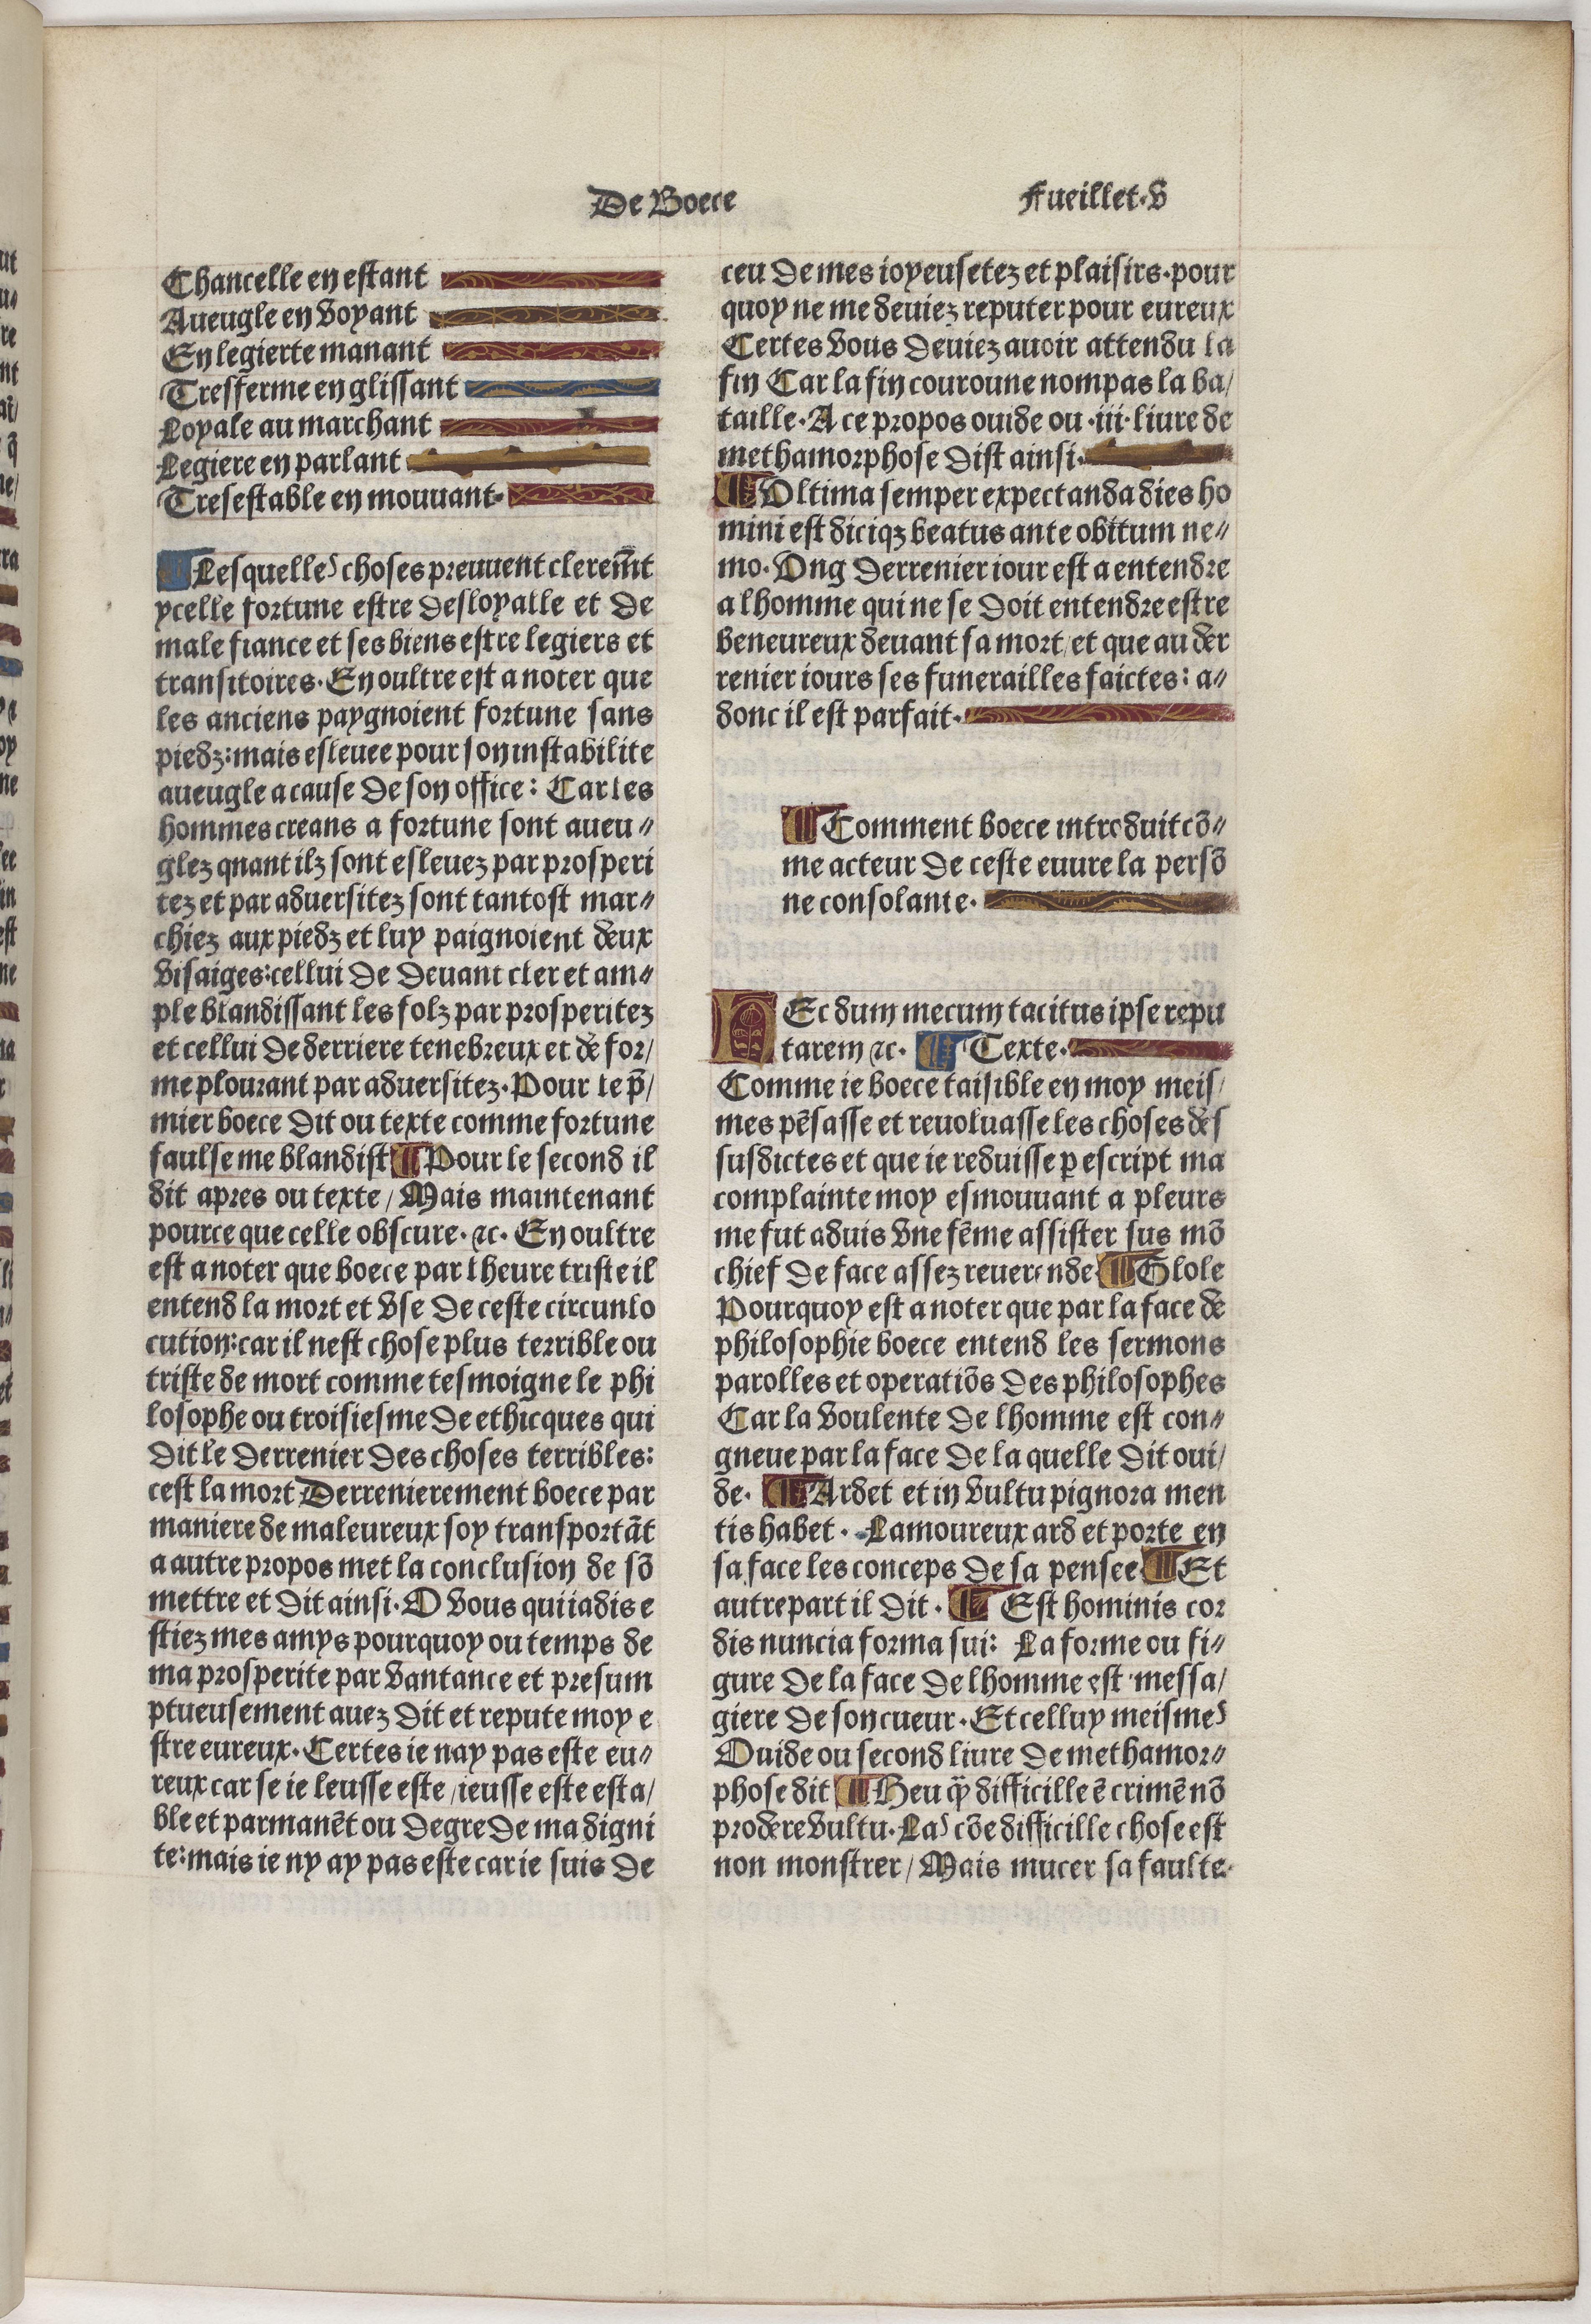
Shelfmark: Paris, BnF, Velins 488
Century: 15